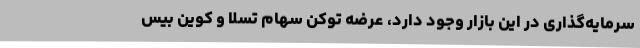
سرمایه‌گذاری در این بازار وجود دارد، عرضه توکن سهام تسلا و کوین بیس